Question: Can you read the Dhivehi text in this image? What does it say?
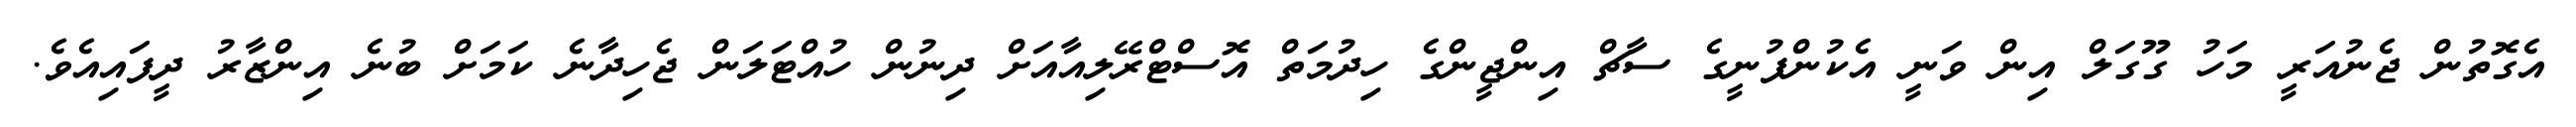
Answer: އެގޮތުން ޖެނުއަރީ މަހު ގޫގަލް އިން ވަނީ އެކުންފުނީގެ ސާޗް އިންޖީންގެ ހިދުމަތް އޮސްޓްރޭލިއާއަށް ދިނުން ހުއްޓަލަން ޖެހިދާނެ ކަމަށް ބުނެ އިންޒާރު ދީފައިއެވެ.